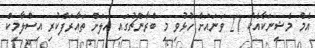
އެމް މެޝިނަކާއެކު 27 ވަނައަށް ހުޅުވި މި ބްރާންޗުގައި އަލަށް ތައާރަފްކުރި އިސްލާމިކް